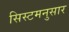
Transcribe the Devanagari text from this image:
सिस्टमनुसार